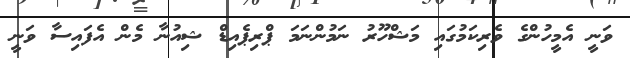
ވަނީ އެމީހުންގެ ވެރިކަމުގައި މަޝްހޫރު ނަމުންނަމަ ޕްރިޕެއިޑް ޝިއުނާ މެން އެފައިސާ ވަނީ